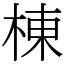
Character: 棟